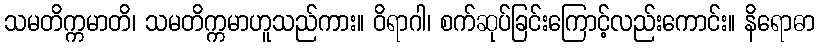
သမတိက္ကမာတိ၊ သမတိက္ကမာဟူသည်ကား။ ဝိရာဂါ၊ စက်ဆုပ်ခြင်းကြောင့်လည်းကောင်း။ နိရောဓာ